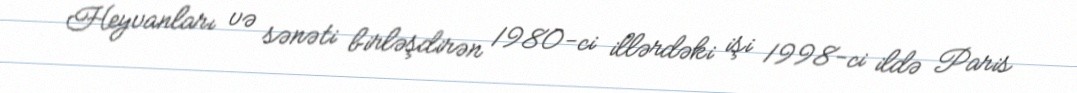
Heyvanları və sənəti birləşdirən 1980-ci illərdəki işi 1998-ci ildə Paris